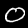
Digit: 0